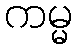
ကမ္မ